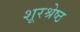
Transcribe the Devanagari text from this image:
शूरश्रेष्ठ